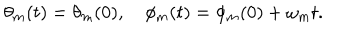
\theta _ { m } ( t ) = \theta _ { m } ( 0 ) , \quad \phi _ { m } ( t ) = \phi _ { m } ( 0 ) + \omega _ { m } t .